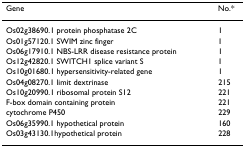
<table><thead><tr><td><b>Gene</b></td><td><b>No.*</b></td></tr></thead><tbody><tr><td>Os02g38690.1 protein phosphatase 2C</td><td>1</td></tr><tr><td>Os01g57120.1 SWIM zinc finger</td><td>1</td></tr><tr><td>Os06g17910.1 NBS-LRR disease resistance protein</td><td>1</td></tr><tr><td>Os12g42820.1 SWITCH1 splice variant S</td><td>1</td></tr><tr><td>Os10g01680.1 hypersensitivity-related gene</td><td>1</td></tr><tr><td>Os04g08270.1 limit dextrinase</td><td>215</td></tr><tr><td>Os10g20990.1 ribosomal protein S12</td><td>221</td></tr><tr><td>F-box domain containing protein</td><td>221</td></tr><tr><td>cytochrome P450</td><td>229</td></tr><tr><td>Os06g35990.1 hypothetical protein</td><td>160</td></tr><tr><td>Os03g43130.1hypothetical protein</td><td>228</td></tr></tbody></table>